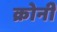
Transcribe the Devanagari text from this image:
क्रोनी